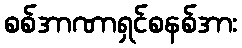
စစ်အာဏာရှင်စနစ်အား